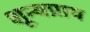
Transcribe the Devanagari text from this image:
शून्यप्राय